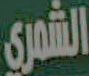
الشمري